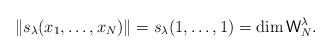
LaTeX: \begin{align*}\|s_\lambda(x_1,\dots,x_N)\| = s_\lambda(1,\dots,1) = \dim \mathsf{W}_N^\lambda.\end{align*}